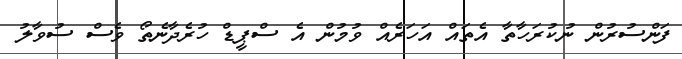
ފަންސުރުން ނުކުރަހާތާ އެތައް އަހަރެއް ވުމުން އެ ސްޕީޑް ހުރެދާނެތޯ ވެސް ސުވާލު